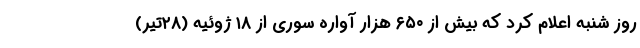
روز شنبه اعلام کرد که بیش از ۶۵۰ هزار آواره سوری از ۱۸ ژوئیه (۲۸تیر)